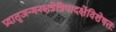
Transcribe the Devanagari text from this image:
प्रदातृजन्मनक्षत्रेत्रिपादर्क्षेविशेषतः